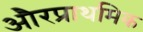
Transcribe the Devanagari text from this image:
औरप्राथमिक